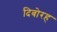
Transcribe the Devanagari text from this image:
दिबोरह